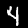
Label: 4